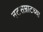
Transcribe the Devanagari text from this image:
नटसम्राटच्या